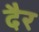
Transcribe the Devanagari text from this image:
दैर